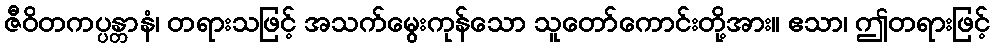
ဇီဝိတကပ္ပန္တာနံ၊ တရားသဖြင့် အသက်မွေးကုန်သော သူတော်ကောင်းတို့အား။ ဧသာ၊ ဤတရားဖြင့်